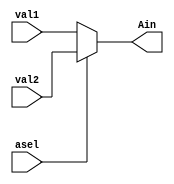
module mux_6(Ain,val1,val2,asel);

input [15:0] val1,val2;
	input asel;
	output [15:0] Ain;

	assign Ain = (asel == 1'b0) ? val1 : ((asel == 1'b1) ? val2 : 16'bzzzz_zzzz_zzzz_zzzz);
					

endmodule